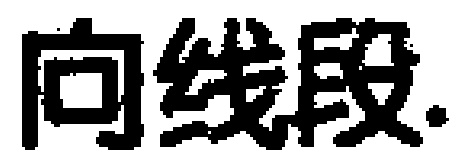
向线段.